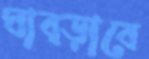
ঘাব্‌ড়াবে